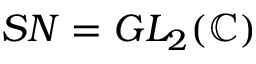
S N = G L _ { 2 } ( \mathbb { C } )